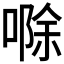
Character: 𪡷